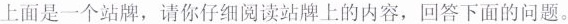
上面是一个站牌，请你仔细阅读站牌上的内容，回答下面的问题。